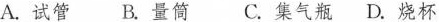
A.试管 B.量筒 C.集气瓶 D.烧杯